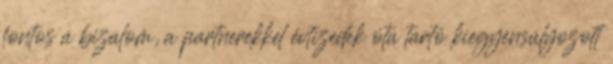
fontos a bizalom, a partnerekkel évtizedek óta tartó kiegyensúlyozott